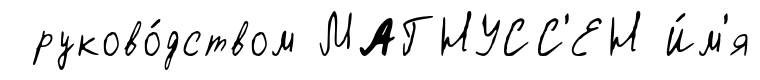
руково́дством МАГНУСС'ЕН И́м'я